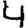
Digit: 4